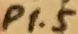
Text: P1.5